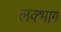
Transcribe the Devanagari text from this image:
लक्भाग